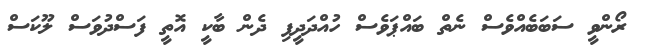
ރޯންވީ ސަބަބެއްވެސް ނެތް ބައްޕަވެސް ހުއްދަދީފި ދެން ބާކީ އޮތީ ފަސްދުވަސް ލޫކަސް